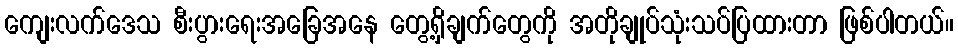
ကျေးလက်ဒေသ စီးပွားရေးအခြေအနေ တွေ့ရှိချက်တွေကို အတိုချုပ်သုံးသပ်ပြထားတာ ဖြစ်ပါတယ်။